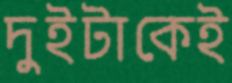
দুইটাকেই